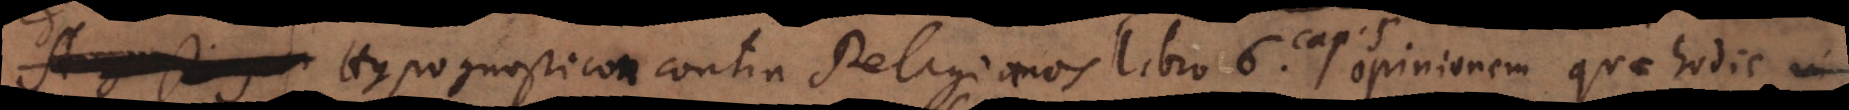
io. Hypognosticon contra Pelagianos libro 6. opinionem quae hodie